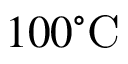
1 0 0 ^ { \circ } \mathrm { C }